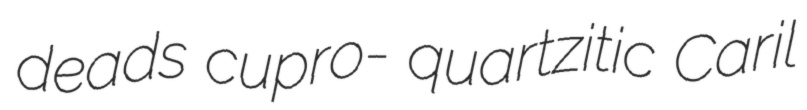
deads cupro- quartzitic Caril